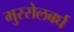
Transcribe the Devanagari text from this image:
मुस्सेलबर्घ